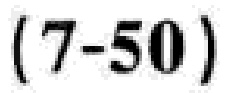
\((7 - 50)\)